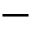
-